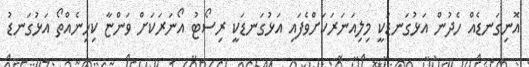
އޮނިގަނޑެއް ހެދުން އަޅުގަނޑަކީ މިލިއަނަރަކަށްވެފައި އަޅުގަނޑަކީ ރިސޯޓު އޯނަރަކަށް ވަންޏާ ކިހިނެއްތޯ އަޅުގަނޑު